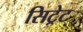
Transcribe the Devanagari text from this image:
सिट्रेट